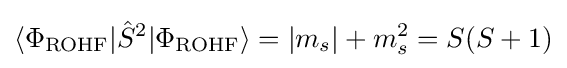
\langle \Phi _{\mathrm {ROHF} }|{\hat {S}}^{2}|\Phi _{\mathrm {ROHF} }\rangle =|m_{s}|+m_{s}^{2}=S(S+1)